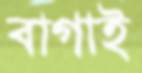
বাগাই